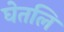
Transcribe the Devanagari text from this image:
घेतलि